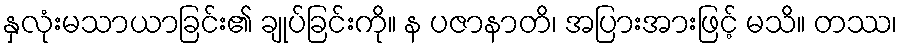
နှလုံးမသာယာခြင်း၏ ချုပ်ခြင်းကို။ န ပဇာနာတိ၊ အပြားအားဖြင့် မသိ။ တဿ၊